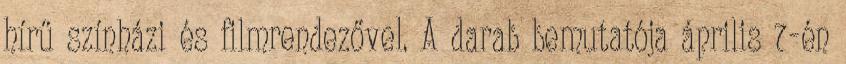
hírű színházi és filmrendezővel. A darab bemutatója április 7-én